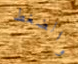
والضغط